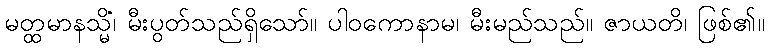
မတ္ထမာနသ္မိံ၊ မီးပွတ်သည်ရှိသော်။ ပါဝကောနာမ၊ မီးမည်သည်။ ဇာယတိ၊ ဖြစ်၏။